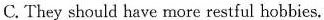
C. They should have more restful hobbies.